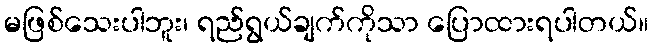
မဖြစ်သေးပါဘူး၊ ရည်ရွယ်ချက်ကိုသာ ပြောထားရပါတယ်။